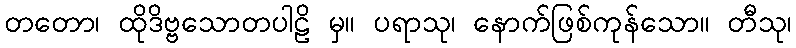
တတော၊ ထိုဒိဗ္ဗသောတပါဠိ မှ။ ပရာသု၊ နောက်ဖြစ်ကုန်သော။ တီသု၊